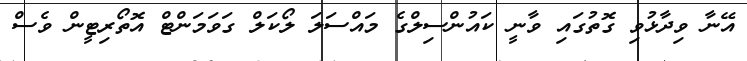
އޭނާ ވިދާޅުވި ގޮތުގައި ވާނީ ކައުންސިލްގެ މައްސަލަ ލޯކަލް ގަވަމަންޓް އޮތޯރިޓީން ވެސް